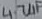
Text: 4.7µF